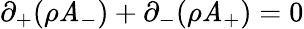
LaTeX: \partial_{+}(\rho\mathit{A}_{-})+\partial_{-}(\rho\mathit{A}_{+})=0